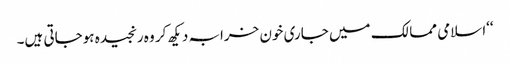
‘‘اسلامی ممالک میں جاری خون خرابہ دیکھ کر وہ رنجیدہ ہوجاتی ہیں۔